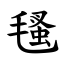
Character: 㲧